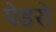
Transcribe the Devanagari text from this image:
पेडरो